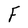
Character: F